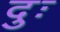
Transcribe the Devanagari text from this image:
दुः